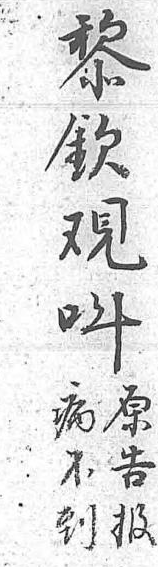
黎原病欽告不覌报到呌